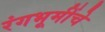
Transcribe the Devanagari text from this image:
रंगभूमींचे